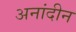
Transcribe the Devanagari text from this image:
अनांदीन